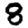
Digit: 8